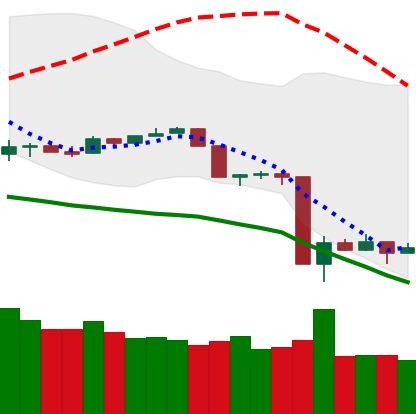
Ticker: TRX-USD
Chart end date: 2020-03-17
Forward return: 4.856%
Label: up_3_5